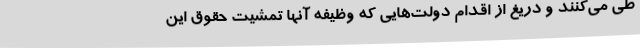
طی می‌کنند و دریغ از اقدام دولت‌هایی که وظیفه آنها تمشیت حقوق این